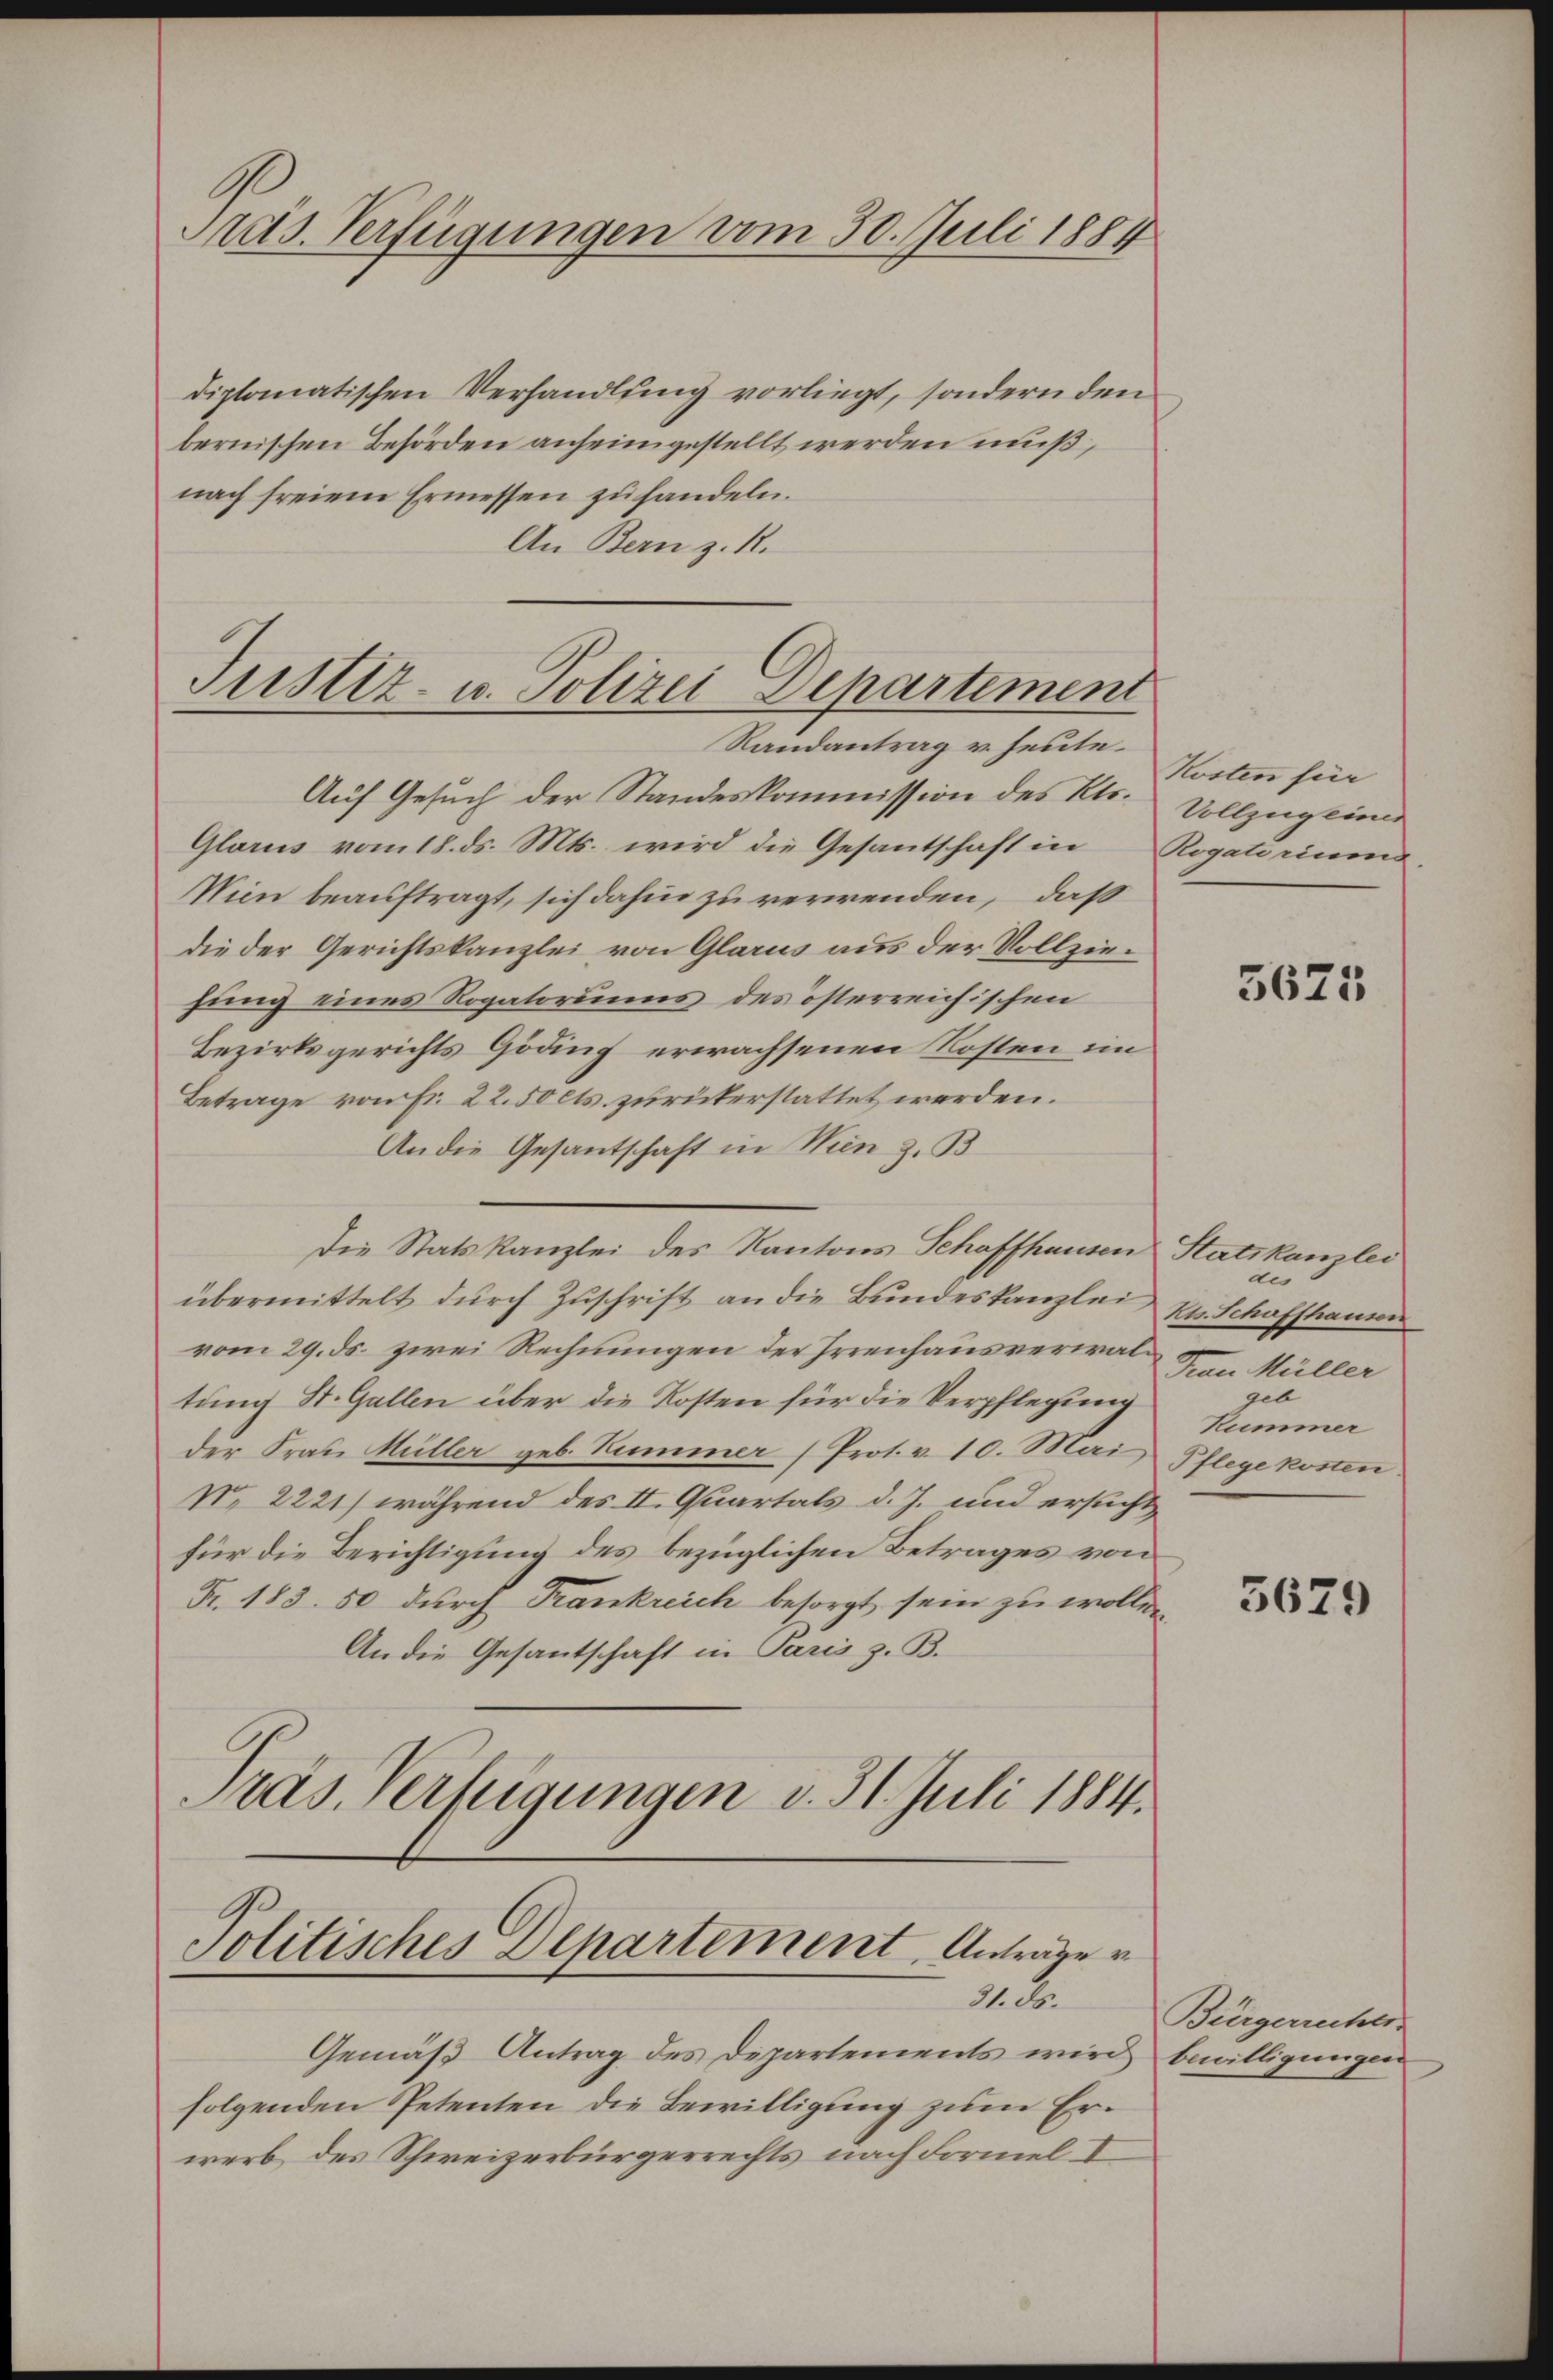
Pras. Verfügungen vom 30. Juli 1884.

diplomatischen Verhandlung vorliegt, sondern den
bernischen Behörden anheimgestellt werden muß,
nach freiem Ermessen zu handeln.
An Bern z. R.
Randantrag v. heute.
Auf Gesuch der Standeskommission des Kts.
Glarus vom 18. ds. Mts. wird die Gesantschaft in Rogatoriums
Wien beauftragt, sich dahin zu verwenden, daß
die der Gerichtskanzlei von Glarus aus der Vollziefung eines Rogatoriums des österreichischen
Bezirksgerichts Göding erwachsenen Kosten im
Betrage von Fr. 22. 50 cts. zurückerstattet werden.
An die Gesantschaft in Wien z. B
Die Statskanzlei des Kantons Schaffhausen Statskanzlei
übermittelt durch Zuschrift an die Bundeskanzlei
vom 29. ds. zwei Rechnungen der Irrenhausverwaltung St. Gallen über die Kosten für die Verpflegung
der Frau Müller geb. Kummer (Prot. v. 10. Mai Pflege kosten
No 2221) während des II. Quartals d. J. und ersucht
für die Berichtigung des bezüglichen Betrages von
Fr. 183. 50 durch Frankreich besorgt sein zu wollen
An die Gesantschaft in Paris z. B.
Pras Verfügungen v. 31. Juli 1884.

Justiz- u. Polizei Departement

Politisches Departement Anträge v
31. ds.

Kosten für
Vollzug einer

Gemäß Antrag des Departements wird bewilligungen
folgenden Petenten die Bewilligung zum Erwerb des Schweizerbürgerrechts nach Formel I

5625

de
Kts. Schaffhausen
Frau Müller
geb
Kummer

5679

Bürgerrechts